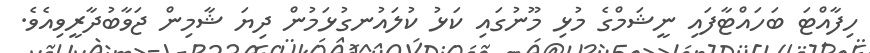
ހިފާއްޓަ ބަހައްޓާފައި ނީޝަމްގެ މުޅި މޫނުގައި ކަޅު ކުލައުނގުޅަމުން ދިޔަ ޝާމިން ޖަވާބުދާރީވިއެވެ.